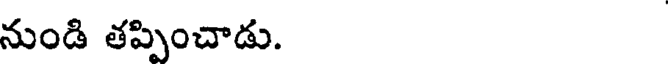
నుండి తప్పించాడు.